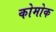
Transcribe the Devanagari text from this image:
कोमोक